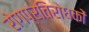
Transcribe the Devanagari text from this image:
रोगप्रतिरोधकों